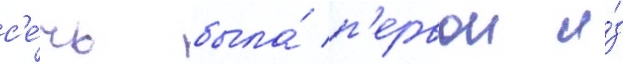
с'е́чь была́ п'ервои и́з